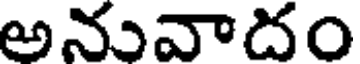
అనువాదం